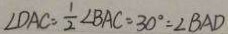
\angle D A C = \frac { 1 } { 2 } \angle B A C = 3 0 ^ { \circ } = \angle B A D